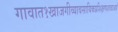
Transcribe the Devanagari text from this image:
गावात१खाजगीव्यावसायिकप्रशिक्षणशाळाआहे